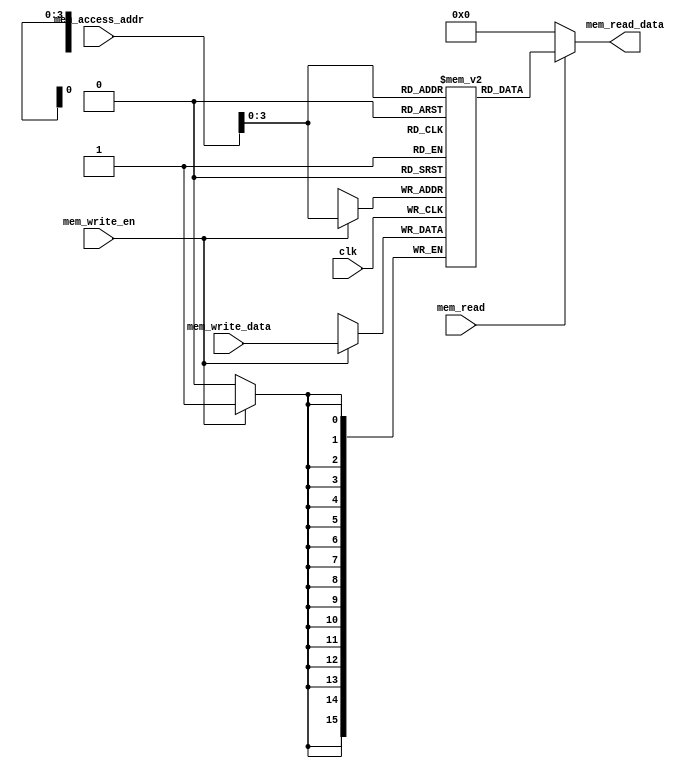
// Submodule: Data memory in Verilog 
 module data_memory  
 (  
      input                         clk,  
      // address input, shared by read and write port  
      input     [15:0]               mem_access_addr,  
      // write port  
      input     [15:0]               mem_write_data,  
      input                         mem_write_en,  
      input mem_read,  
      // read port  
      output     [15:0]               mem_read_data  
 );  
      //integer i;  
      reg [15:0] ram [0:15];  
      //wire [7 : 0] ram_addr = mem_access_addr[8 : 1];  
      initial begin  
            ram[0] = 16'd0;
			ram[1] = 16'd0;
     		ram[2] = 16'd0;
			ram[3] = 16'd12;
     		ram[4] = 16'd26;
			ram[5] = 16'd0;
     		ram[6] = 16'd0;
			ram[7] = 16'd0;
     		ram[8] = 16'd0;
			ram[9] = 16'd0;			
			ram[10] = 16'd0;
			ram[11] = 16'd0;
        end
			
    always @(posedge clk) begin  
           if (mem_write_en)  
                ram[mem_access_addr] <= mem_write_data;  
      end  
      assign mem_read_data = (mem_read==1'b1) ? ram[mem_access_addr]: 16'd0;   
 endmodule